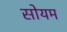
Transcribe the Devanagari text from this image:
सोयम